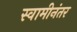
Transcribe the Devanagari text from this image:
स्वामीनंतर